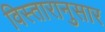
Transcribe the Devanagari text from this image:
विस्तारानुसार